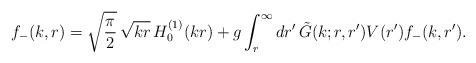
LaTeX: \begin{align*}f_{-}(k,r)=\sqrt{{\displaystyle {\pi\over 2}}}\,\sqrt{kr}\,H_0^{(1)}(kr)+g\int_r^{\infty} dr'\,\tilde G(k;r,r')V(r')f_{-}(k,r').\end{align*}